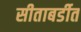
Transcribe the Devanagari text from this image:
सीताबर्डीत